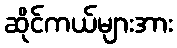
ဆိုင်ကယ်များအား